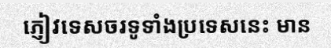
ភ្ញៀវទេសចរទូទាំងប្រទេសនេះ មាន